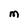
Character: M